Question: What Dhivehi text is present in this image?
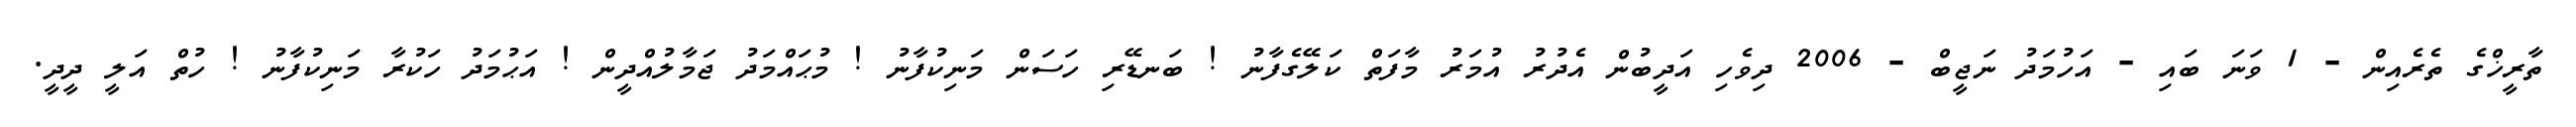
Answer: ތާރީޚްގެ ތެރެއިން - 1 ވަނަ ބައި - އަހުމަދު ނަޖީބް - 2006 ދިވެހި އަދީބުން އެދުރު އުމަރު މާފަތް ކަލޭގެފާނު ! ބަނޑޭރި ހަސަން މަނިކުފާނު ! މުޙައްމަދު ޖަމާލުއްދީން ! އަޙުމަދު ހަކުރާ މަނިކުފާނު ! ހުތް އަލީ ދީދީ.